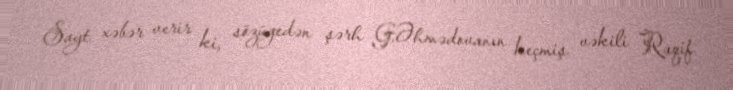
Sayt xəbər verir ki, sözügedən şərh G.Əhmədovanın keçmiş vəkili Raqif